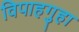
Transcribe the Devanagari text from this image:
विपाहगुहा